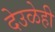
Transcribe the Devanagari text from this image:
देउळेही